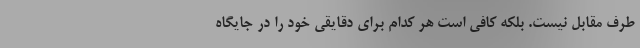
طرف مقابل نیست. بلکه کافی است هر کدام برای دقایقی خود را در جایگاه